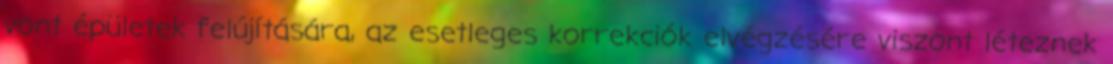
vont épületek felújítására, az esetleges korrekciók elvégzésére viszont léteznek